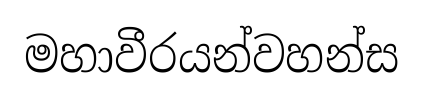
මහාවීරයන්වහන්ස